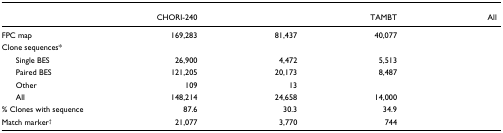
<table><thead><tr><td>[EMPTY_CELL]</td><td><b>CHORI-240</b></td><td>[EMPTY_CELL]</td><td><b>TAMBT</b></td><td><b>All</b></td></tr></thead><tbody><tr><td>FPC map</td><td>169,283</td><td>81,437</td><td>40,077</td><td>[EMPTY_CELL]</td></tr><tr><td>Clone sequences*</td><td>[EMPTY_CELL]</td><td>[EMPTY_CELL]</td><td>[EMPTY_CELL]</td><td>[EMPTY_CELL]</td></tr><tr><td> Single BES</td><td>26,900</td><td>4,472</td><td>5,513</td><td>[EMPTY_CELL]</td></tr><tr><td> Paired BES</td><td>121,205</td><td>20,173</td><td>8,487</td><td>[EMPTY_CELL]</td></tr><tr><td> Other</td><td>109</td><td>13</td><td>[EMPTY_CELL]</td><td>[EMPTY_CELL]</td></tr><tr><td> All</td><td>148,214</td><td>24,658</td><td>14,000</td><td>[EMPTY_CELL]</td></tr><tr><td>% Clones with sequence</td><td>87.6</td><td>30.3</td><td>34.9</td><td>[EMPTY_CELL]</td></tr><tr><td>Match marker<sup>†</sup></td><td>21,077</td><td>3,770</td><td>744</td><td>[EMPTY_CELL]</td></tr></tbody></table>